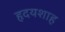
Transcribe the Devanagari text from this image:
हृदयशाह